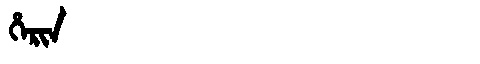
Manchu: ᡥᡝᡵᡳᠨ
Romanization: HERIN